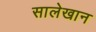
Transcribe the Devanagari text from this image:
सालेखान